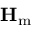
\mathbf { H } _ { \mathrm { m } }